Lunatic asylums United Provinces 1909-1921 - 1909-1921
Year: 1909
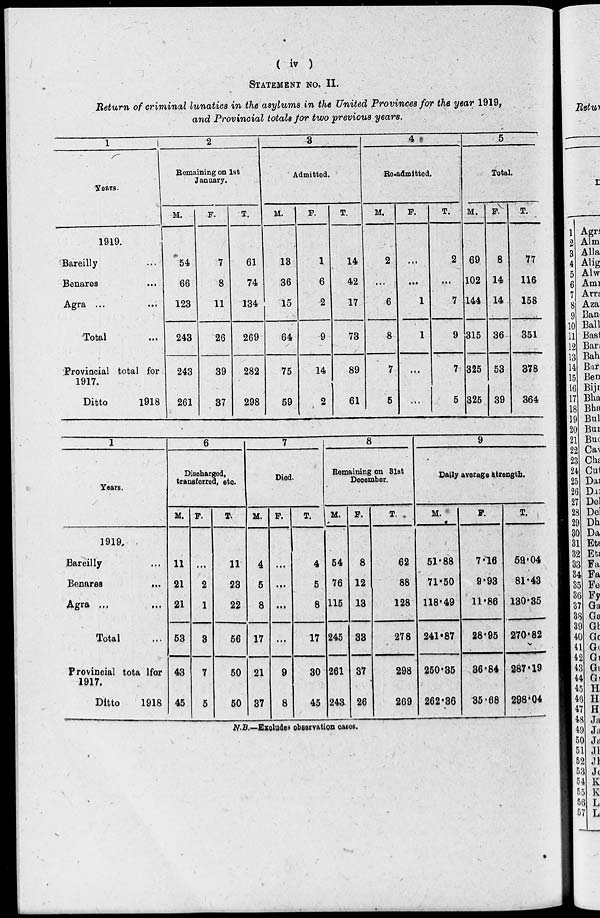
( iv )
STATEMENT NO. II.
Return of criminal lunatics in the asylums in the United Provinces for the year 1919,
and Provincial totals for two previous yeare.
1
Years.
1919.
Bareilly ...
Benares ...
Agra ... ...
Total ...
Provincial total for
1917.
Ditto
1918
2
Remaining on 1st
January.
M.
54
66
123
243
243
261
F.
7
8
11
26
39
37
T.
61
74
134
269
282
298
3
Admitted.
M.
13
36
15
64
75
59
F.
1
6
2
9
14
2
T.
14
42
17
73
89
61
4
Re-admitted.
M.
2
...
6
8
7
5
F.
...
...
1
1
...
...
T.
2
...
7
9
7
5
5
Total.
M.
69
102
144
315
325
325
F.
8
14
14
36
53
39
T.
77
116
158
351
378
364
1
Years.
1919.
Bareilly ...
Benares
...
Agra ... ...
Total ...
Provincial total for
1917.
Ditto
1918
6
Discharged,
transferred, etc.
M.
11
21
21
53
43
45
F.
...
2
1
3
7
5
T.
11
23
22
56
50
50
7
Died.
M.
4
5
8
17
21
87
F.
...
...
...
...
9
8
T.
4
5
8
17
30
45
8
Remaining on 31st
December.
M.
54
76
115
245
261
243
F.
8
12
13
33
37
26
T.
62
88
128
278
298
269
9
Daily average strength.
M.
51.88
71.50
118.49
241.87
250.35
262.36
F.
7.16
9.93
11.86
28.95
86.84
35.68
T.
59.04
81.43
130.35
270.82
287.19
298.04
N.B.—Excludes observation cases.